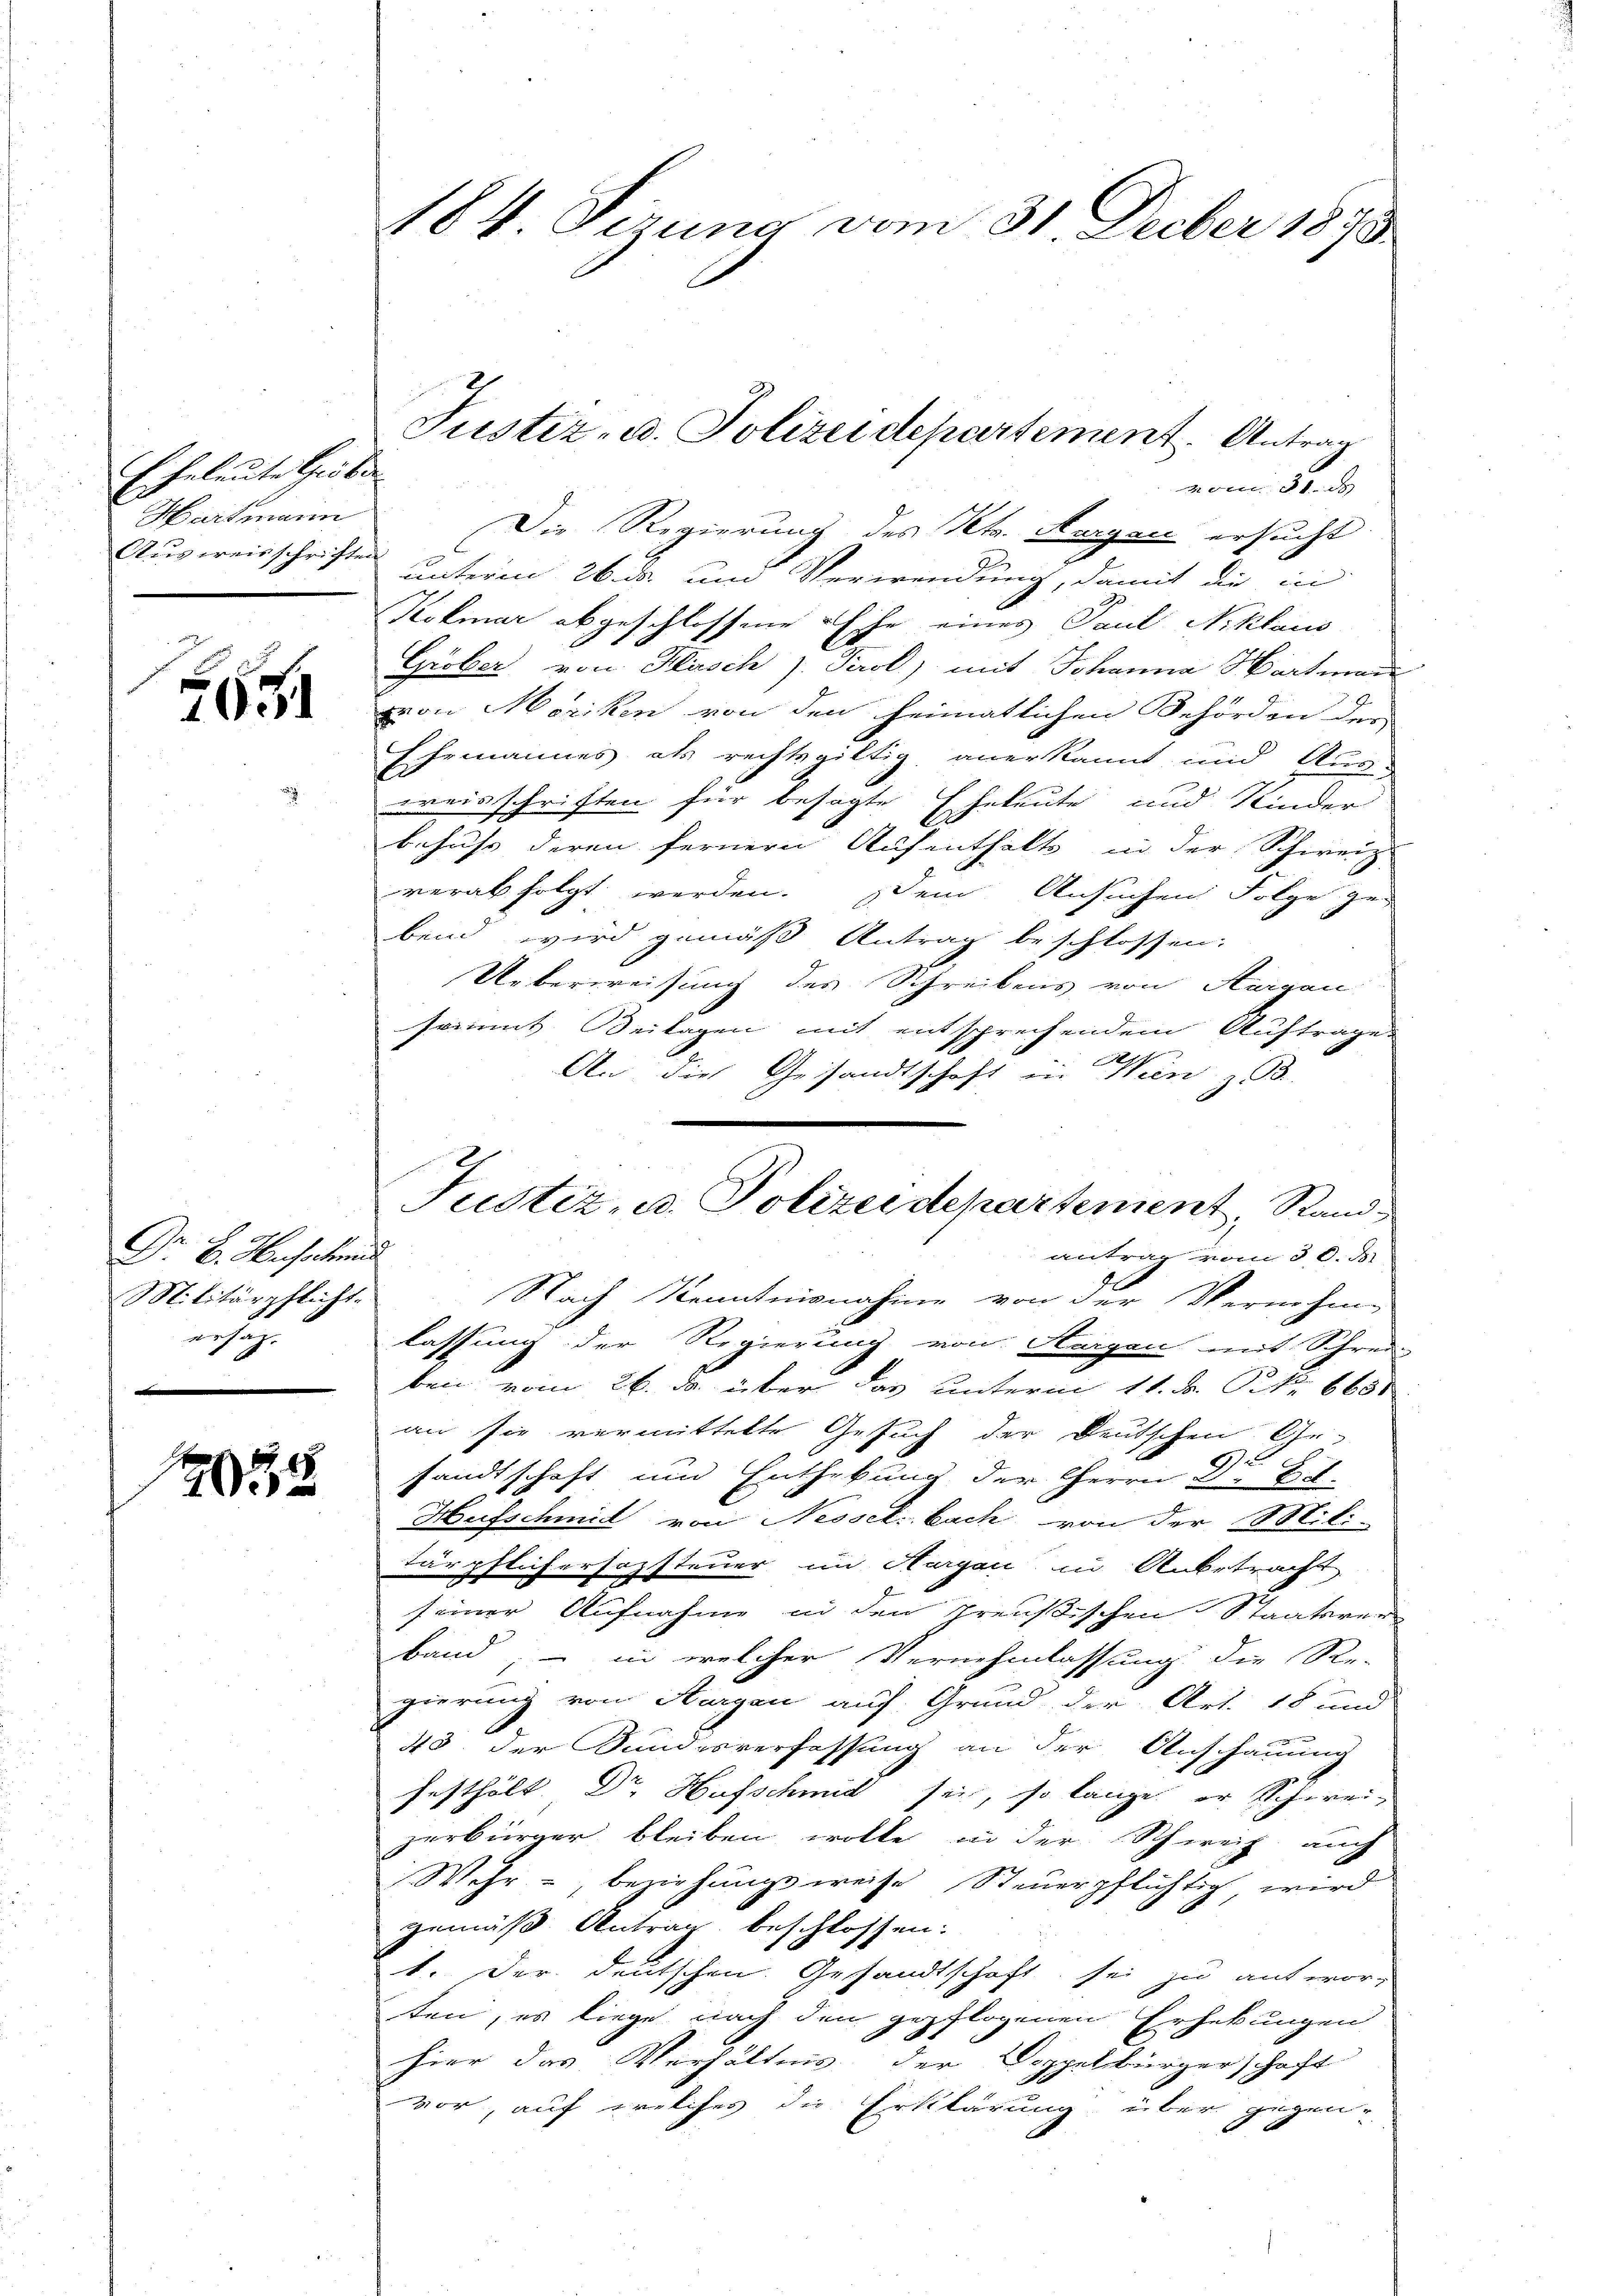
Eheleute Guba
Hartmann
Ausweisschriften

7051

Dr. H. Hufscheid
Militärpflicht.
ersatz.
.

184

184. Sizung vom 31. Decber 1893.

Justiz- u. Polizeidepartement. Antrag

vom 31. d
Die Regierung des Kts. Aargau ersucht
unterm 26. ds. um Verwendung, damit die in
Kolmar abgeschlossene Ehe eines Paul Niklaus
Gröber von Husch s. Perol) mit Johanna Hartmann
von Moriken von den heimatlichen Behörden der
Ehemannes als rechtsgültig anerkannt und Aus-
preisschriften für besagte Eheleute und Kinder
behufs deren fernern Aufenthalts in der Schweiz
verabfolgt werden. Dem Ansuchen Folge ge-
bend wird gemäß Antrag beschlossen:
Ueberweisung des Schreibens von Aargau
sammt Beilagen mit entsprechendem Auftrage
An die Gesandtschaft in Wien z. B.
an sie vermittelte Gesuch der Deutschen Gr.
sandtschaft um Enthebung der Herrn Dr E.
Hufschmid von Nessel bach von der Mili
tärpflichersozsteuer im Aargau in Anbetracht
seiner Aufnahme in den Preußischen Staatsver-
band, – in welcher Vernehmlassung die Re-
gierung vom Thurgau auf Grund der Art. 18 und
43 der Sundesverfassung an der Anschauung
festhält Dr Hufschmid sei, so lange er Schwei-
zerbürger bleiben wolle in der Schweiz, auch
Wehr, beziehungsweise Steuerpflichtig wird
gemäß Antrag beschlossen.
1. Der deutschen Gesandtschaft sei zu antwor-
ten, es liege nach den gepflogenen Erhebungen
hier das Verhältnis der Doppelbürgerschaft
vor, auf welches die Erklärung über gegen¬

Justiz, u. Polizeidepartement, Rand
antrag vom 30. d.
Nach Kenntnisnahme von der Vernehme
lassung der Regierung von Horgen mit Schrei-
ben vom 26. d. über das unterm 11. F. P. Nr. 665.